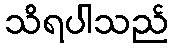
သိရပါသည်